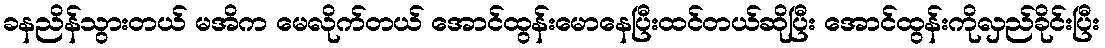
ခနညိန်သွားတယ် မအိက မေလိုက်တယ် အောင်ထွန်းမောနေပြီးထင်တယ်ဆိုပြီး အောင်ထွန်းကိုလှည်ခိုင်းပြီး